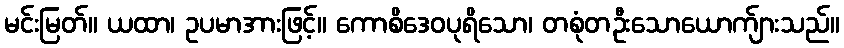
မင်းမြတ်။ ယထာ၊ ဥပမာအားဖြင့်။ ကောစိဒေဝပုရိသော၊ တစုံတဦးသောယောက်ျားသည်။